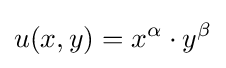
u(x,y)=x^{\alpha }\cdot y^{\beta }